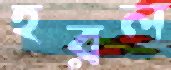
হরল